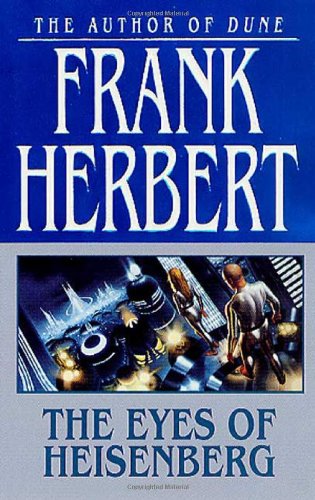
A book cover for The Eyes of Heisenberg; Frank Herbert; Science Fiction & Fantasy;